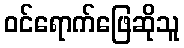
ဝင်ရောက်ဖြေဆိုသူ